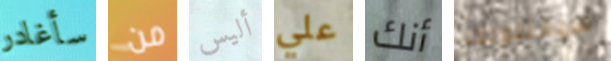
سأغادر من أليس علي أنك سيقتلونك